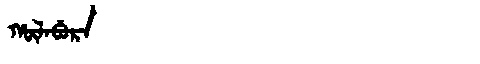
Manchu: ᡥᡡᠯᠠᠪᡠᡵᠠ
Romanization: HŪLABURA